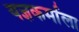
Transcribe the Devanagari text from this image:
यज्ञकर्माला